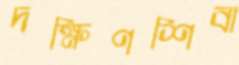
দক্ষিণশিবা